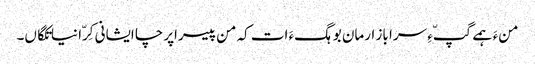
منءَ ہمے گپّءِ سرا باز ارمان بوہگءَ ات کہ من پیسراپرچا ایشانی کِرّا نیاتکگاں۔